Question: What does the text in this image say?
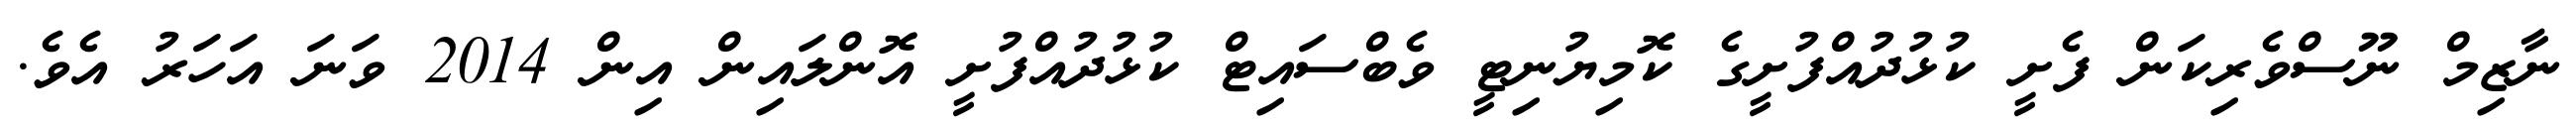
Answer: ނާޒިމް ނޫސްވެރިކަން ފެށީ ކުޅުދުއްފުށީގެ ކޮމިޔުނިޓީ ވެބްސައިޓް ކުޅުދުއްފުށީ އޮންލައިން އިން 2014 ވަނަ އަހަރު އެވެ.